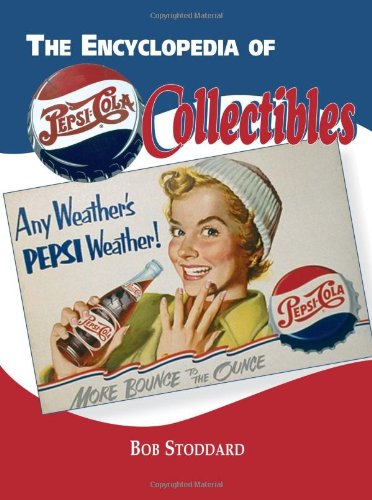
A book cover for The Encyclopedia of Pepsi-Cola Collectibles; Robert Stoddard; Crafts, Hobbies & Home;